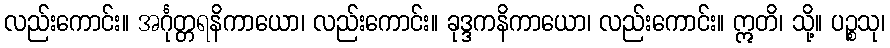
လည်းကောင်း။ အင်္ဂုတ္တရနိကာယော၊ လည်းကောင်း။ ခုဒ္ဒကနိကာယော၊ လည်းကောင်း။ ဣတိ၊ သို့။ ပဉ္စသု၊